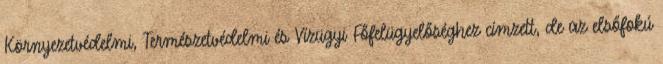
Környezetvédelmi, Természetvédelmi és Vízügyi Főfelügyelőséghez címzett, de az elsőfokú